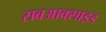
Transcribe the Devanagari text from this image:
सबआक्साइड